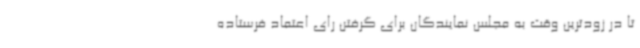
تا در زودترین وقت به مجلس نمایندگان برای گرفتن رای اعتماد فرستاده